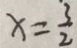
x = \frac { 3 } { 2 }